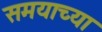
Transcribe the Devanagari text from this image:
समयाच्या